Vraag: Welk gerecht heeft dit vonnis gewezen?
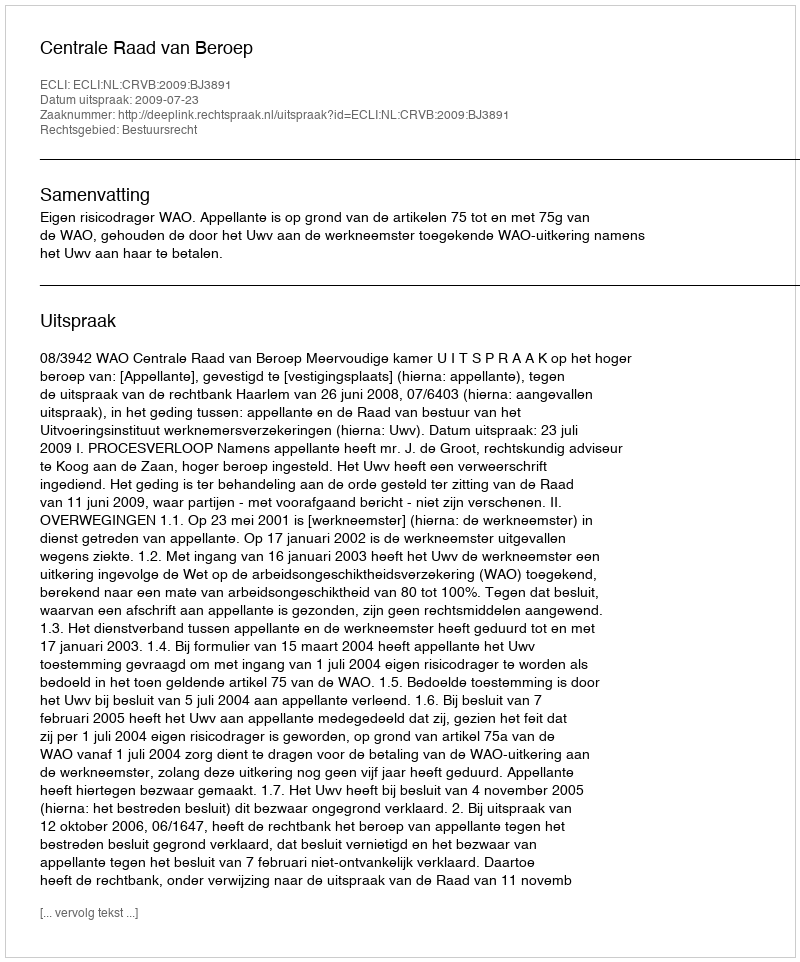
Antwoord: Centrale Raad van Beroep